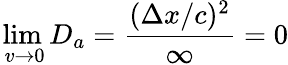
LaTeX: \operatorname*{lim}_{\, v\to 0}D_{a}=\frac{(\Delta x/c)^{2}}{\infty}=0